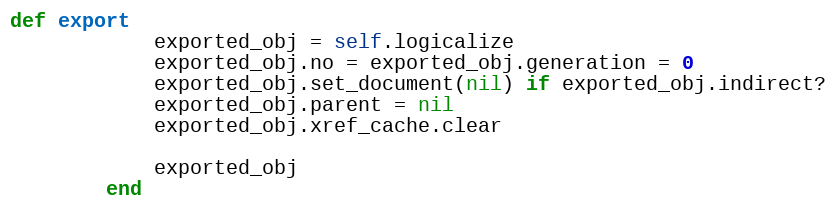
Language: Ruby
def export
            exported_obj = self.logicalize
            exported_obj.no = exported_obj.generation = 0
            exported_obj.set_document(nil) if exported_obj.indirect?
            exported_obj.parent = nil
            exported_obj.xref_cache.clear

            exported_obj
        end